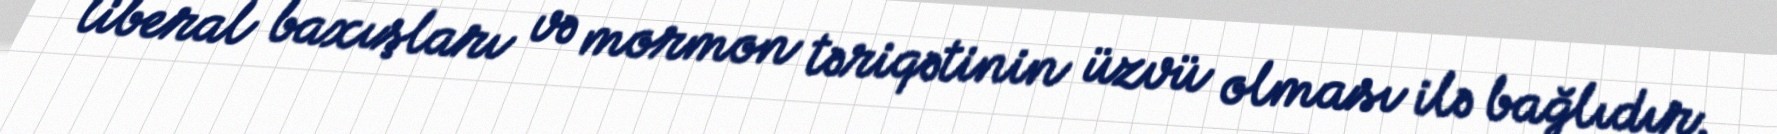
liberal baxışları və mormon təriqətinin üzvü olması ilə bağlıdır.